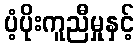
ပံ့ပိုးကူညီမှုနှင့်